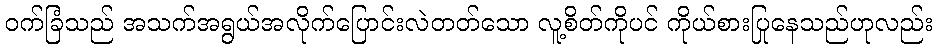
ဝက်ခြံသည် အသက်အရွယ်အလိုက်ပြောင်းလဲတတ်သော လူ့စိတ်ကိုပင် ကိုယ်စားပြုနေသည်ဟုလည်း